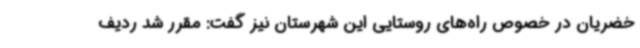
خضریان در خصوص راه‌های روستایی این شهرستان نیز گفت: مقرر شد ردیف